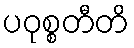
ပဝုစ္စတီတိ